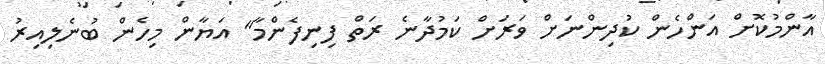
އާންމުކޮށް އަންހެން ކުދިންނަށް ވަރަށް ކަމުދާނެ ރަތް ފިނިފެންމާ" އަޔާން މިހެން ބުނެލިއިރު